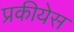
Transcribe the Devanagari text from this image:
प्रकीयेस